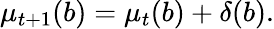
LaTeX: \begin{array}{r}{\mu_{t+1}(b)=\mu_{t}(b)+\delta(b).}\end{array}